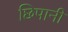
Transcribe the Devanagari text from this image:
छिपानी